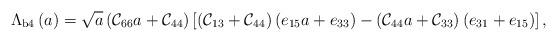
LaTeX: \begin{align*}\Lambda_{\rm{b4}}\left(a\right)=\sqrt{a}\left({\cal C}_{66}a+{\cal C}_{44}\right)\left[\left({\cal C}_{13}+{\cal C}_{44}\right)\left(e_{15}a+e_{33}\right)-\left({\cal C}_{44}a+{\cal C}_{33}\right)\left(e_{31}+e_{15}\right)\right] ,\end{align*}